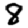
Digit: 8